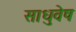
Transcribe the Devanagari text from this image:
साधुवेष